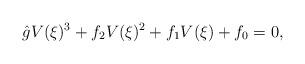
LaTeX: \begin{align*}\hat{g} V(\xi)^3+f_2 V(\xi)^2+f_1 V(\xi)+f_0=0, \end{align*}